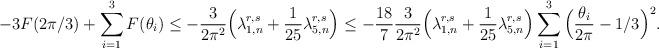
LaTeX: \begin{align*}-3F(2\pi/3)+\sum_{i=1}^{3}F(\theta_{i})\leq-\frac{3}{2\pi^{2}}\Big(\lambda_{1,n}^{r,s}+\frac{1}{25}\lambda_{5,n}^{r,s}\Big)\leq-\frac{18}{7}\frac{3}{2\pi^{2}}\Big(\lambda_{1,n}^{r,s}+\frac{1}{25}\lambda_{5,n}^{r,s}\Big)\sum_{i=1}^{3}\Big(\frac{\theta_{i}}{2\pi}-1/3\Big)^{2}.\end{align*}